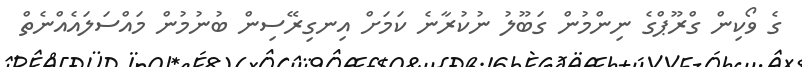
ގެ ވޯކިން ގްރޫޕްގެ ނިންމުން ގަބޫލު ނުކުރާނެ ކަމަށް އިނގިރޭސިން ބުނުމުން މައްސަލައެއްނެތް